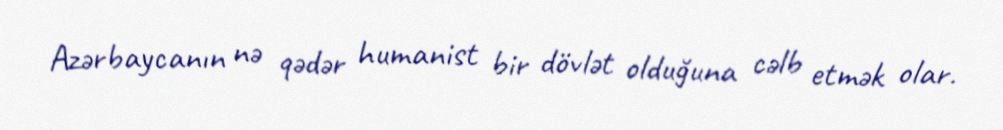
Azərbaycanın nə qədər humanist bir dövlət olduğuna cəlb etmək olar.